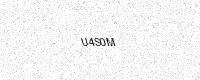
Text: U4S0M